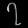
Digit: ၇